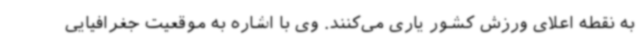
به نقطه اعلای ورزش کشور یاری می‌کنند. وی با اشاره به موقعیت جغرافیایی